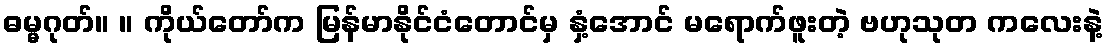
ဓမ္မဂုတ်။ ။ ကိုယ်တော်က မြန်မာနိုင်ငံတောင်မှ နှံ့အောင် မရောက်ဖူးတဲ့ ဗဟုသုတ ကလေးနဲ့